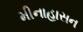
મીનાહાસન